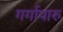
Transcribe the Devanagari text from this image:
गर्गापारु